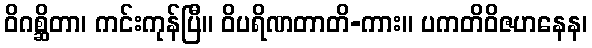
ဝိဂစ္ဆိတာ၊ ကင်းကုန်ပြီ။ ဝိပရိဏတာတိ-ကား။ ပကတိဝိဇဟနေန၊